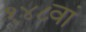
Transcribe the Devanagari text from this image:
१४८वां